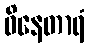
ဝိနေတာရံ